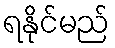
ရနိုင်မည်